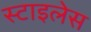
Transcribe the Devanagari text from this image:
स्टाइलेस